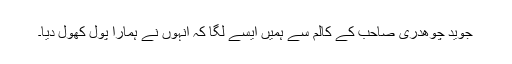
جوید چوھدری صاحب کے کالم سے ہمیں ایسے لگا کہ انہوں نے ہمارا پول کھول دیا۔